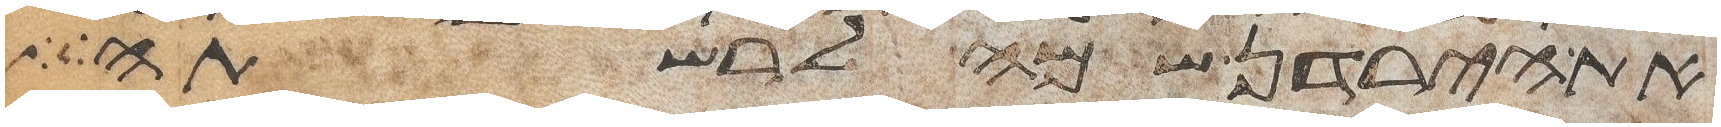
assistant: את הירדן שמה לרשתה